Civil Veterinary Department Bengal reports 1923-33 - 1923-1933
Year: 1923
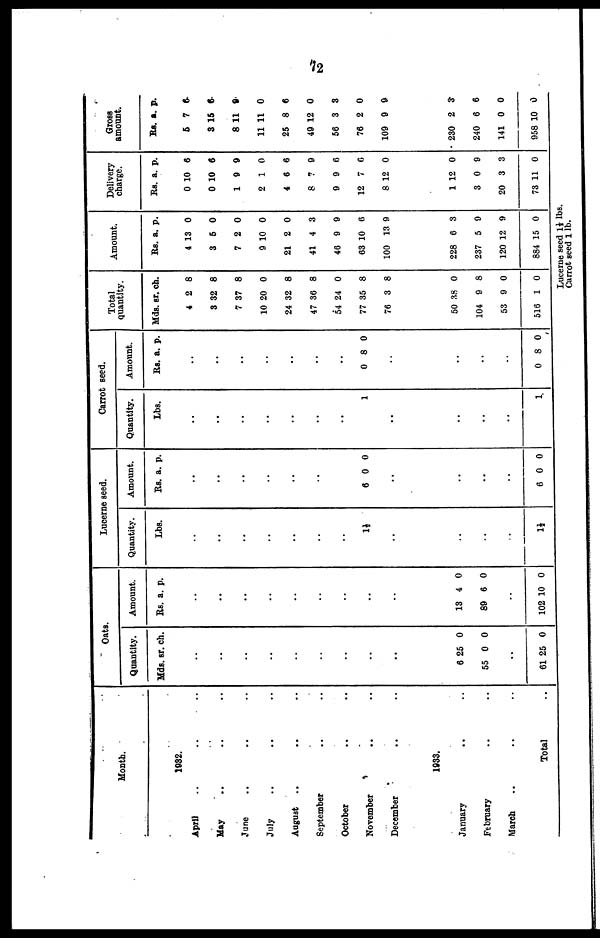
72
Month.
1982.
April .. .. ..
May .. .. ..
June .. .. ..
July .. .. ..
August .. .. ..
September .. ..
October .. ..
November .. ..
December .. ..
1933.
January .. ..
February .. ..
March .. .. ..
Total ..
Oats.
Quantity.
Mds.
..
..
..
..
..
..
..
..
..
6
55
..
61
sr.
25
0
25
ch.
0
0
0
Amount.
Its.
..
..
..
..
..
..
..
..
..
13
89
..
102
a
4
6
10
. p.
0
0
0
Lucerne seed.
Quantity.
Lbs.
..
..
..
..
..
..
..
1½
..
..
..
..
1½
Amount
.
Rs.
..
..
..
..
..
..
..
6
..
..
..
..
6
a.
0
0
p.
0
0
Carrot seed.
Quantity.
Lbs.
..
..
..
..
..
..
..
1
..
..
..
..
1
Amount.
Rs.
..
..
..
..
..
..
..
0
..
..
..
..
0
a
8
8
. p.
0
0
Total
quantity.
Mds.
4
3
7
10
24
47
54
77
76
50
104
53
516
sr. ch
2
32
37
20
32
36
24
35
3
38
9
9
1
.
8
8
8
0
8
8
0
8
8
0
8
0
0
Amount.
Rs.
4
3
7
9
21
41
46
63 1
100
228
237
120 1
884 1
a.
13
5
2
10
2
4
9
0
13
6
5
2
5
p.
0
0
0
0
0
3
9
6
9
3
9
9
0
Delivery
charge
.
Rs
0
0
1
2
4
8
9
12
8
1
3
20
73 1
. a.
10
10
9
1
6
7
9
7
12
12
0
3
1
p.
6
6
9
0
6
9
6
6
0
0
9
3
0
Gross
amount.
Rs.
5
3 15
8 1
11 1
25
49 1
56
76
109
230
240
141
958 1
a.
7
6
1 9
1
8
2
3
2
9
2
6
0
0
p.
6
0
6
0
3
0
9
3
6
0
0
Lucerne seed 1½ lbs.
Carrot seed 1 lb.